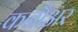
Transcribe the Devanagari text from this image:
कनौअर